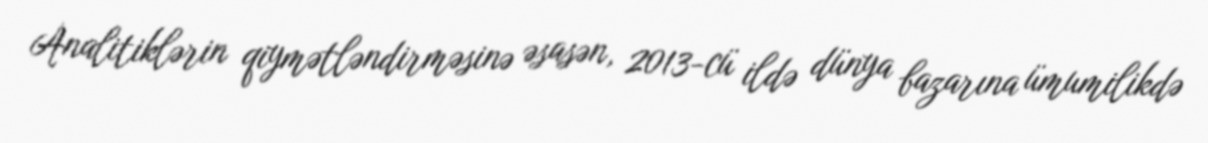
Analitiklərin qiymətləndirməsinə əsasən, 2013-cü ildə dünya bazarına ümumilikdə